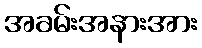
အခမ်းအနားအား